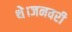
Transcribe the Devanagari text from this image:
थे।जनवरी